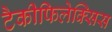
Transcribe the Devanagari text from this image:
टैकीफिलेक्सिस